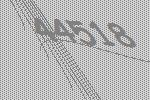
44518